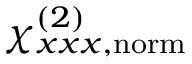
\chi _ { x x x , \mathrm { n o r m } } ^ { ( 2 ) }